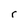
Character: r